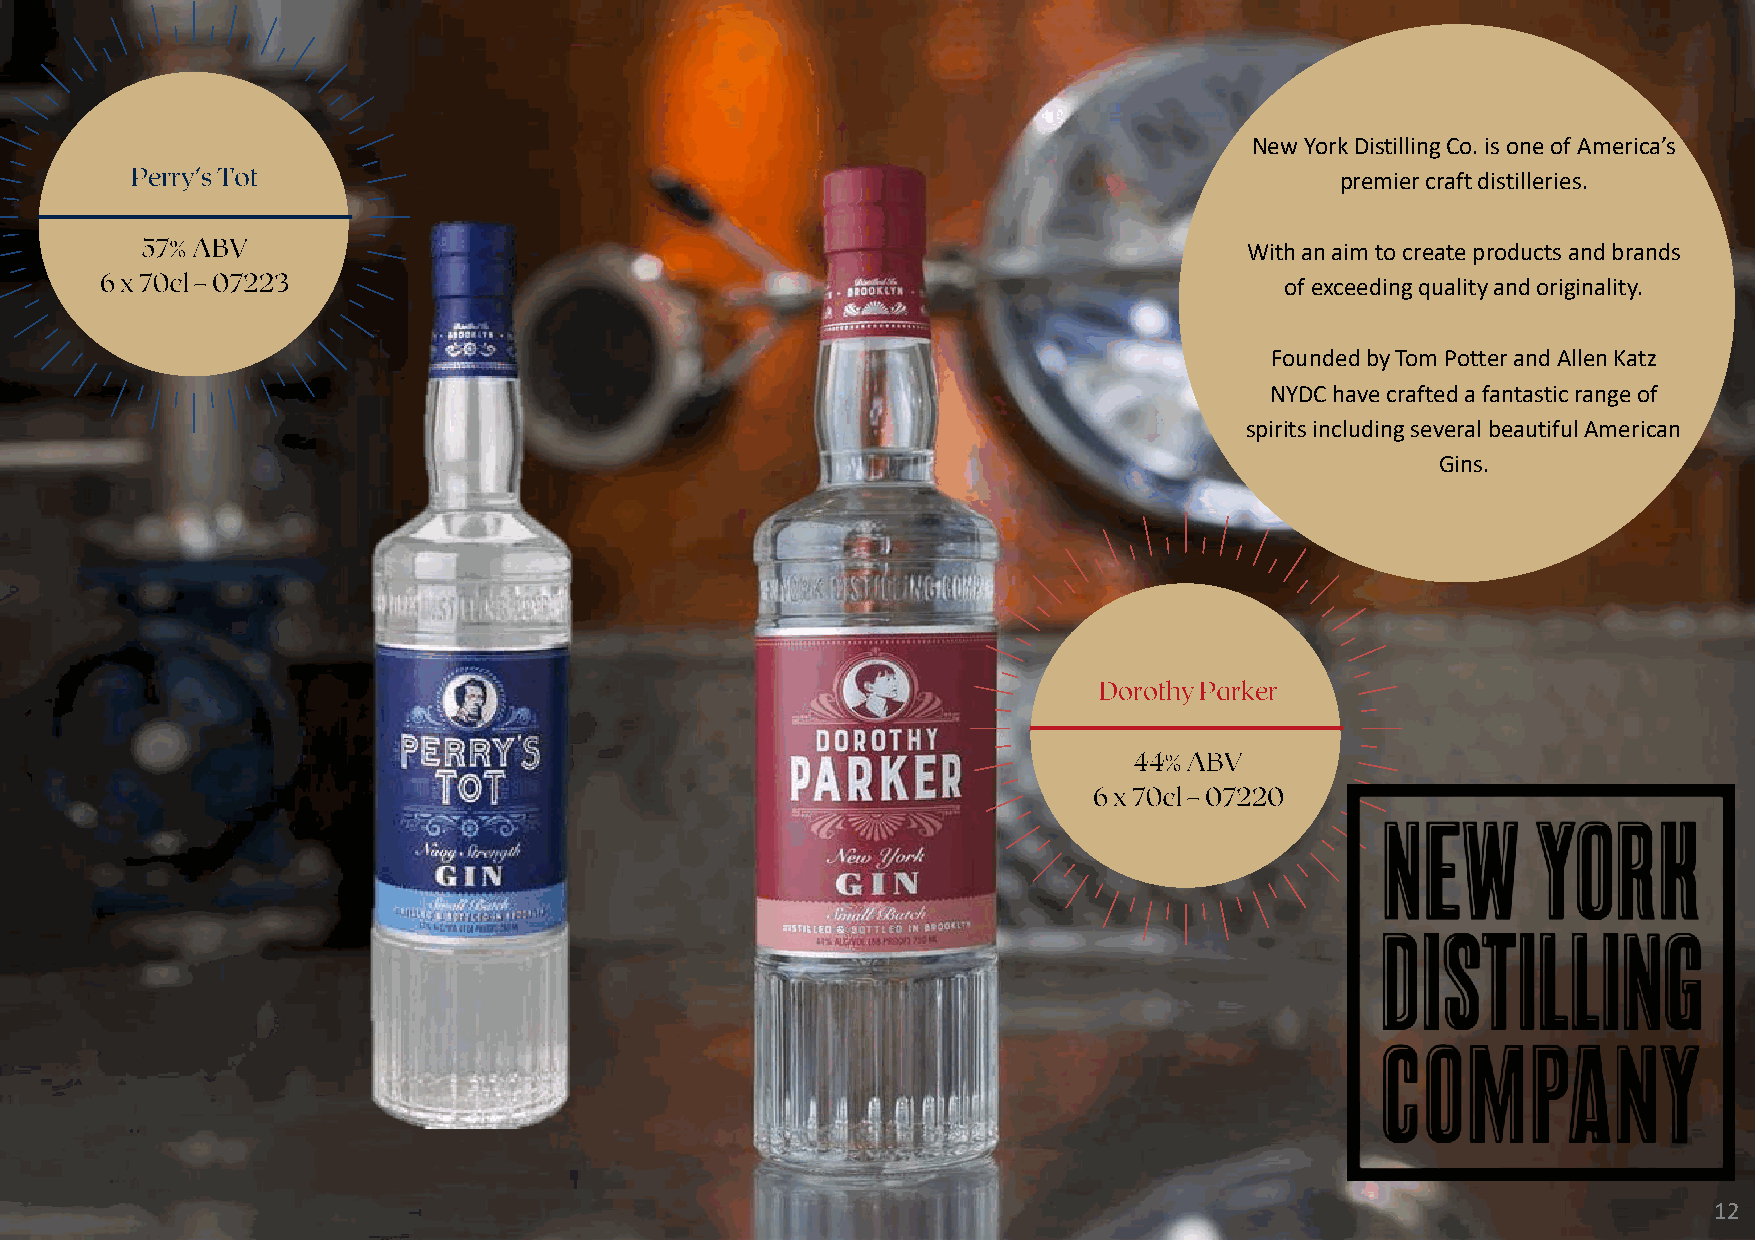
New York Distilling Co. is one of America’s
 premier craft distilleries.
 With an aim to create products and brands
 of exceeding quality and originality.
 Founded by Tom Potter and Allen Katz
 NYDC have crafted a fantastic range of
 spirits including several beautiful American
 Gins.
 12